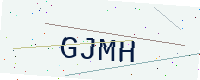
Text: GJMH